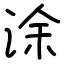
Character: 涂